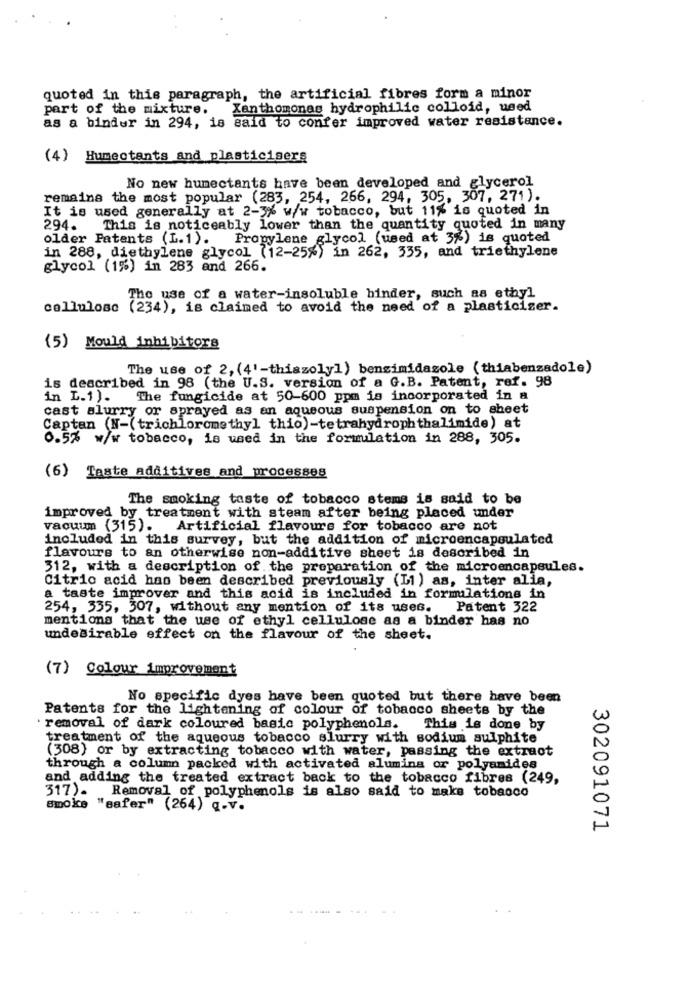
quoted in this paragraph, the artificial fibres form a minor
part of the mixture.
Xanthomonas hydrophilic colloid, used
as a bindur in 294, is said to confer improved water resistance.
(4) Humectants and plasticisers
No new humectants have been developed and glycerol
remains the most popular (283, 254, 266, 294, 305, 307, 271).
It is used generally at 2-3% w/w tobacco, but 11% is quoted in
294. This is noticeably lower than the quantity quoted in many
older Patents (L.1). Propylene glycol (used at 3%) is quoted
in 288, diethylene glycol (12-25%) in 262, 335, and triethylene
glycol (1%) in 283 and 266.
The use of a water-insoluble hinder, such as ethyl
cellulose (234), is claimed to avoid the need of a plasticiser.
(5) Mould inhibitors
The use of 2, (4'-thiazoly]) bensimidazole (thiabenzadole)
is described in 98 (the U.S. version of a G.B. Patent, ref. 98
in L.1). The fungicide at 50-600 ppm is incorporated in a
cast alurry or sprayed as an aqueous suspension on to sheet
Captan (N-(trichloromethyl thio)-tetrahydrophthalimide) at
0.5% w/w tobacco, is used in the formulation in 288, 305.
(6) Taste additives and processes
The smoking taste of tobacco stems is said to be
improved by treatment with steam after being placed under
vacuum (315).
Artificial flavours for tobacco are not
included in this survey, but the addition of microencapsulated
flavours to an otherwise non-additive sheet is described in
312, with a description of the preparation of the microencapsules.
Citric acid has been described previously (L1) as, inter alia,
a taste improver and this acid is included in formulations in
254, 335, 507, without any mention of its uses.
Patent 322
mentions that the use of ethyl cellulose as a binder has no
undesirable effect on the flavour of the sheet.
(7) Colour improvement
No specific dyes have been quoted but there have been
Patents for the lightening of colour of tobacco sheets by the
removal of dark coloured basic polyphenols.
This is done by
treatment of the aqueous tobacco slurry with sodium sulphite
(308) or by extracting tobacco with water, passing the extraot
through a column packed with activated alumina or polyamides
and adding the treated extract back to the tobacco fibres (249,
317).
Removal of polyphenols is also said to make tobacco
smoke "safer" (264) q-v.
302091071
-----